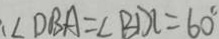
\angle D B A = \angle B D C = 6 0 ^ { \circ }